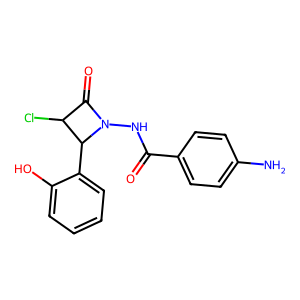
SMILES: Nc1ccc(C(=O)NN2C(=O)C(Cl)C2c2ccccc2O)cc1
Inhibits HIV replication: No